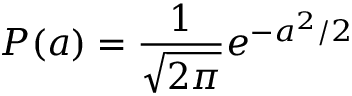
P ( a ) = \frac { 1 } { \sqrt { 2 \pi } } e ^ { - a ^ { 2 } / 2 }